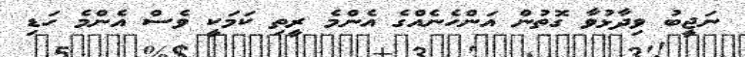
ނަޖީބު ވިދާޅުވާ ގޮތުން އަންހެނެއްގެ އެންމެ ރީތި ކަމަކީ ވެސް އެންމެ ހަޑި